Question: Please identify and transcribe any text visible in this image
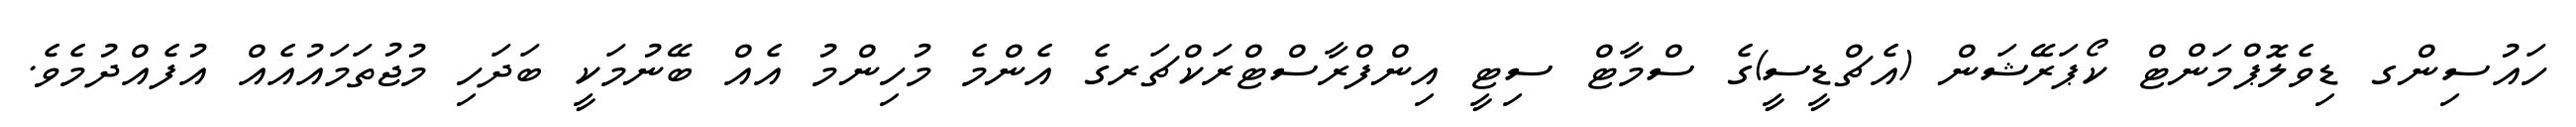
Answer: ހައުސިންގ ޑިވެލޮޕްމަންޓް ކޯޕަރޭޝަން (އެޗްޑީސީ)ގެ ސްމާޓް ސިޓީ އިންފްރާސްޓްރަކްޗަރގެ އެންމެ މުހިންމު އެއް ބޭނުމަކީ ބަދަހި މުޖުތަމައުއެއް އުފެއްދުމެވެ.